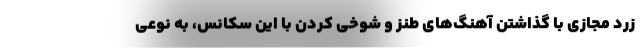
زرد مجازی با گذاشتن آهنگ‌های طنز و شوخی کردن با این سکانس، به نوعی